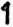
1